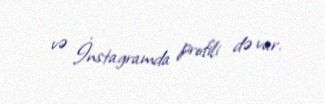
və İnstagramda profili də var.